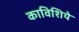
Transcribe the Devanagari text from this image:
काविशिये